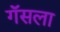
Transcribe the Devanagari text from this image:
गॅसला